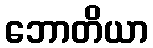
ဘောတိယာ